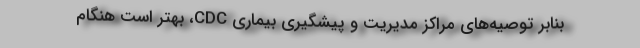
بنابر توصیه‌های مراکز مدیریت و پیشگیری بیماری CDC، بهتر است هنگام